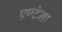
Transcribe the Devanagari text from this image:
एण्टेना